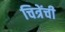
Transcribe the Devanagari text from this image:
चित्रेंची